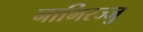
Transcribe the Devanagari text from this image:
नाभिरज्जु